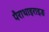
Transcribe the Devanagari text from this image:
पैराथाइराइङ